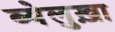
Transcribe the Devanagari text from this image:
ब्येलुख़ा